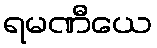
ရမဏီယေ